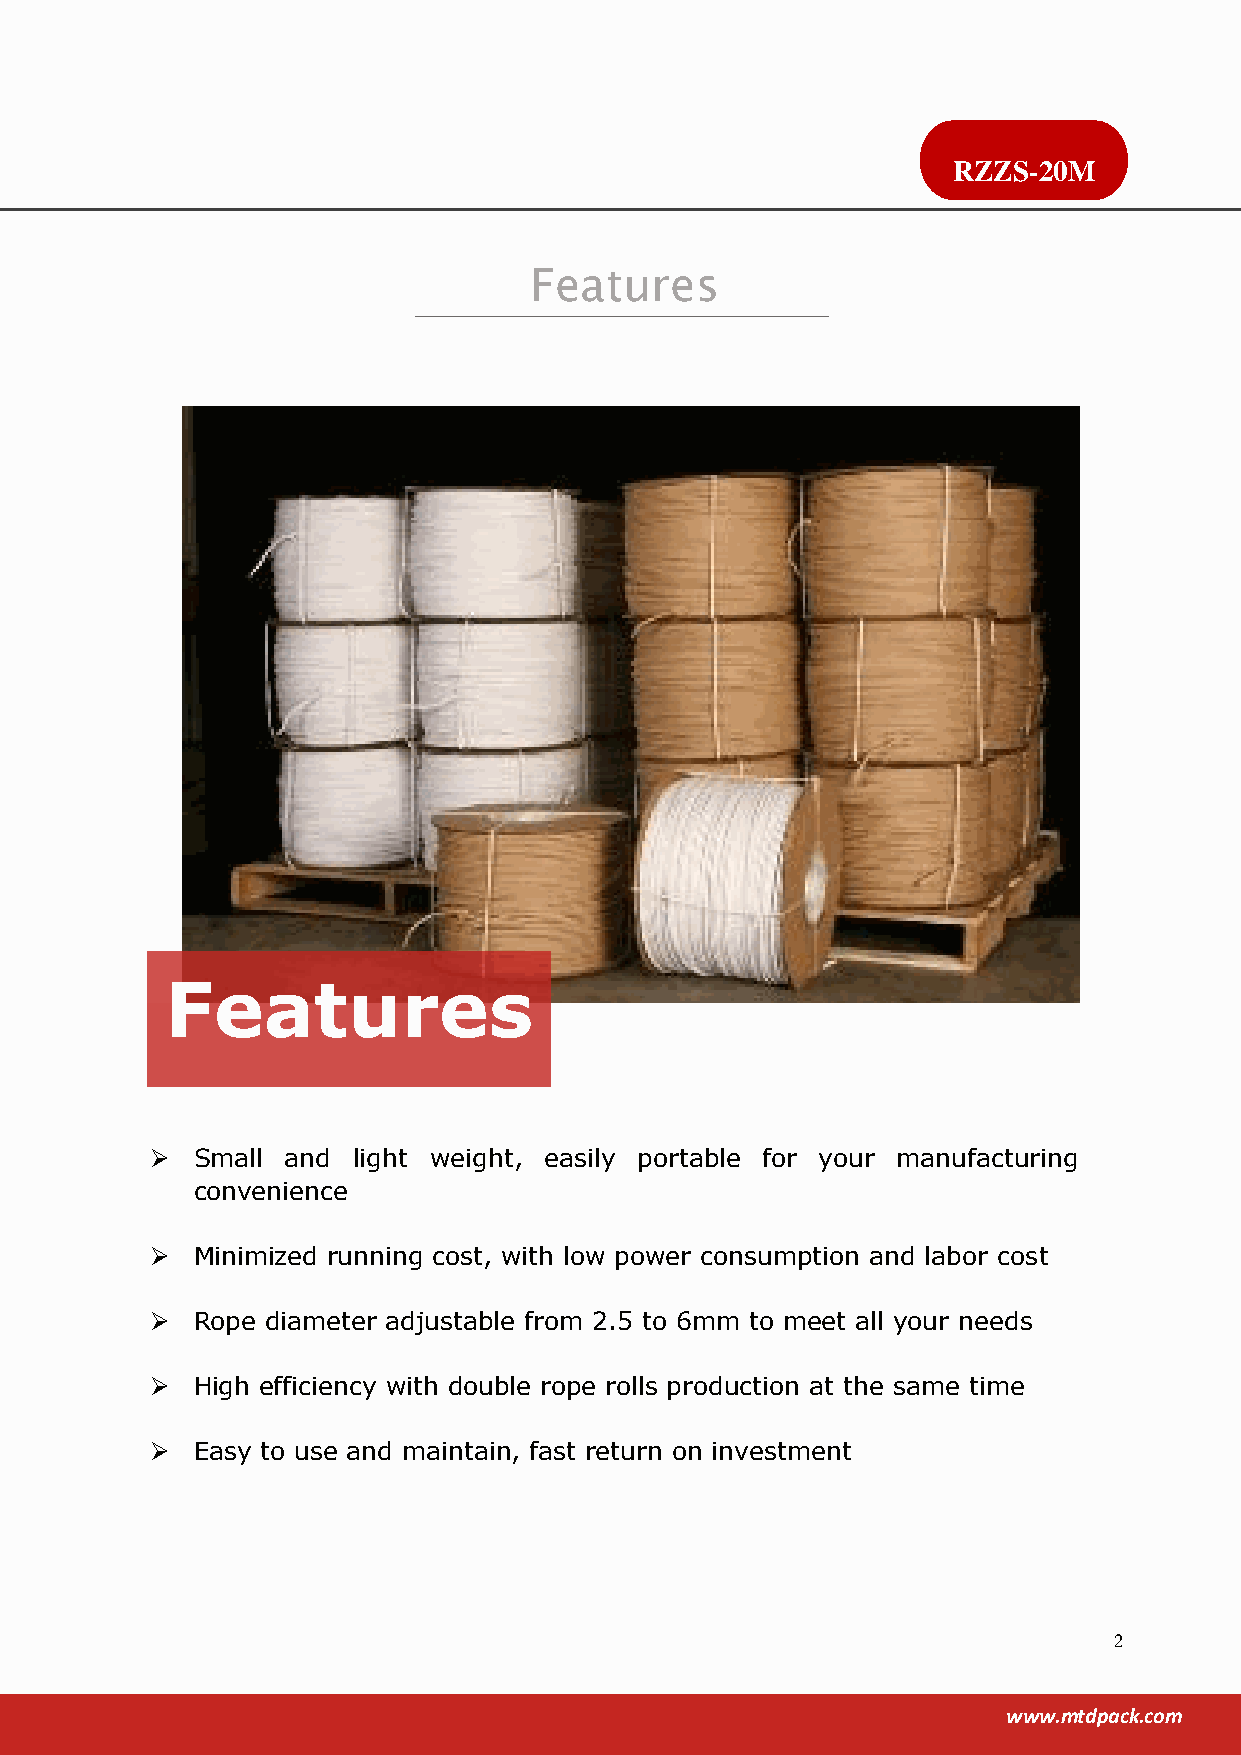
RZZS-20M
 Features
 Features
   Small and light weight, easily portable for your manufacturing
 convenience
   Minimized running cost, with low power consumption and labor cost
   Rope diameter adjustable from 2.5 to 6mm to meet all your needs
   High efficiency with double rope rolls production at the same time
   Easy to use and maintain, fast return on investment
 2
 www.mtdpack.com